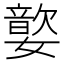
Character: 嬜